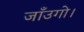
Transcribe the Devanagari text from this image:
जाँउगो।